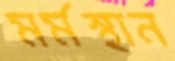
মর্মস্থান